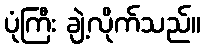
ပုံကြီး ချဲ့လိုက်သည်။